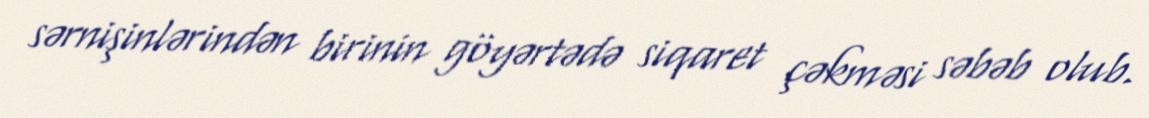
sərnişinlərindən birinin göyərtədə siqaret çəkməsi səbəb olub.